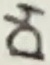
Text: D4